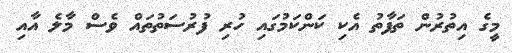
މީގެ އިތުރުން ތަފާތު އެކި ކަންކަމުގައި ހުރި ފުރުސަތުތައް ވެސް މާލެ އާއި